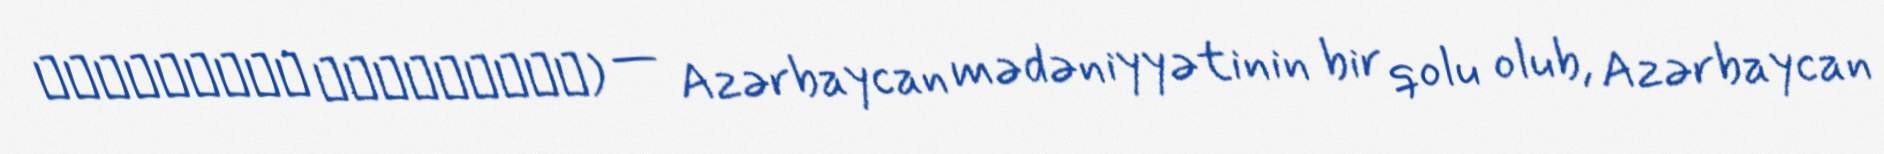
آذربایجان موسیقی‌سی) — Azərbaycan mədəniyyətinin bir qolu olub, Azərbaycan